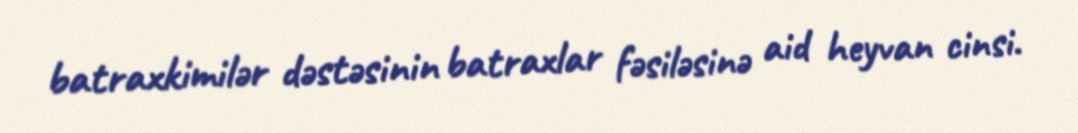
batraxkimilər dəstəsinin batraxlar fəsiləsinə aid heyvan cinsi.